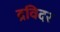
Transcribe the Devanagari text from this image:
द्रविदर